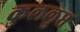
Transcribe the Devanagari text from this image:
कुललुप्त